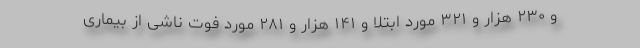
و ۲۳۰ هزار و ۳۲۱ مورد ابتلا و ۱۴۱ هزار و ۲۸۱ مورد فوت ناشی از بیماری